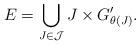
LaTeX: \begin{align*}E = \bigcup_{J\in\mathcal{J}}J\times G_{\theta(J)}'.\end{align*}